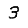
Digit: 3